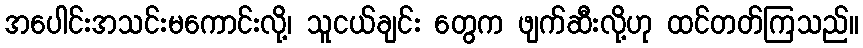
အပေါင်းအသင်းမကောင်းလို့၊ သူငယ်ချင်း တွေက ဖျက်ဆီးလို့ဟု ထင်တတ်ကြသည်။